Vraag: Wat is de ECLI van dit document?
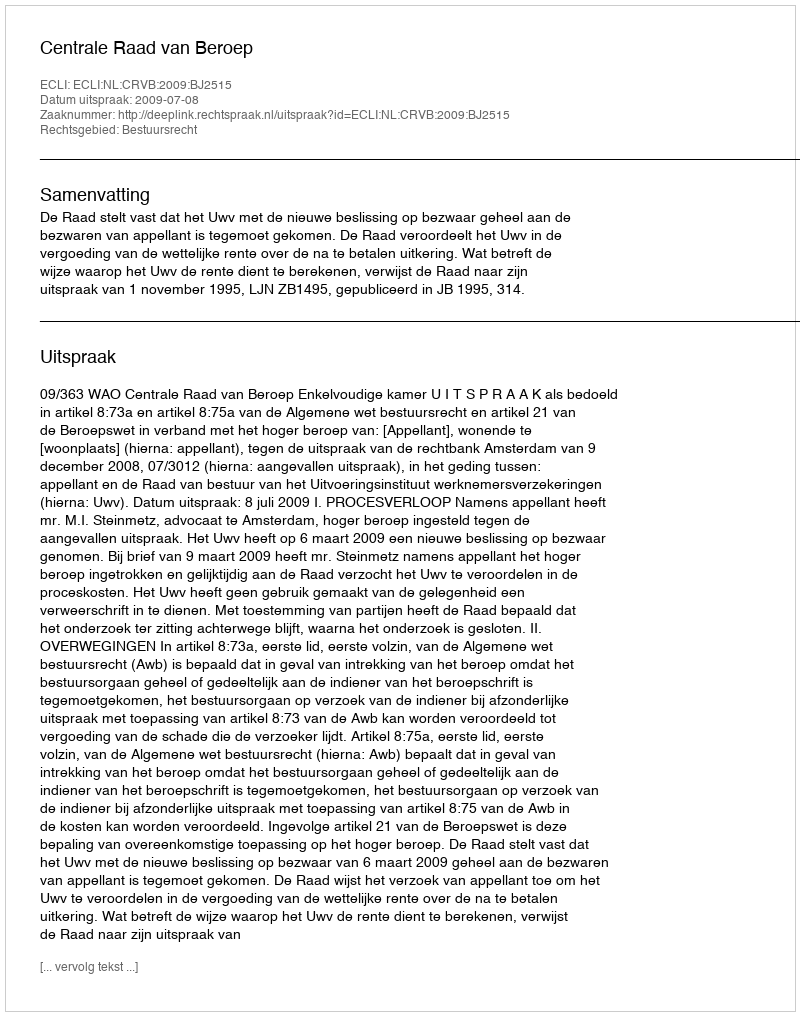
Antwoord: ECLI:NL:CRVB:2009:BJ2515